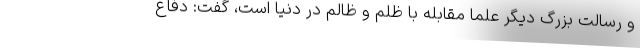
و رسالت بزرگ دیگر علما مقابله با ظلم و ظالم در دنیا است، گفت: دفاع